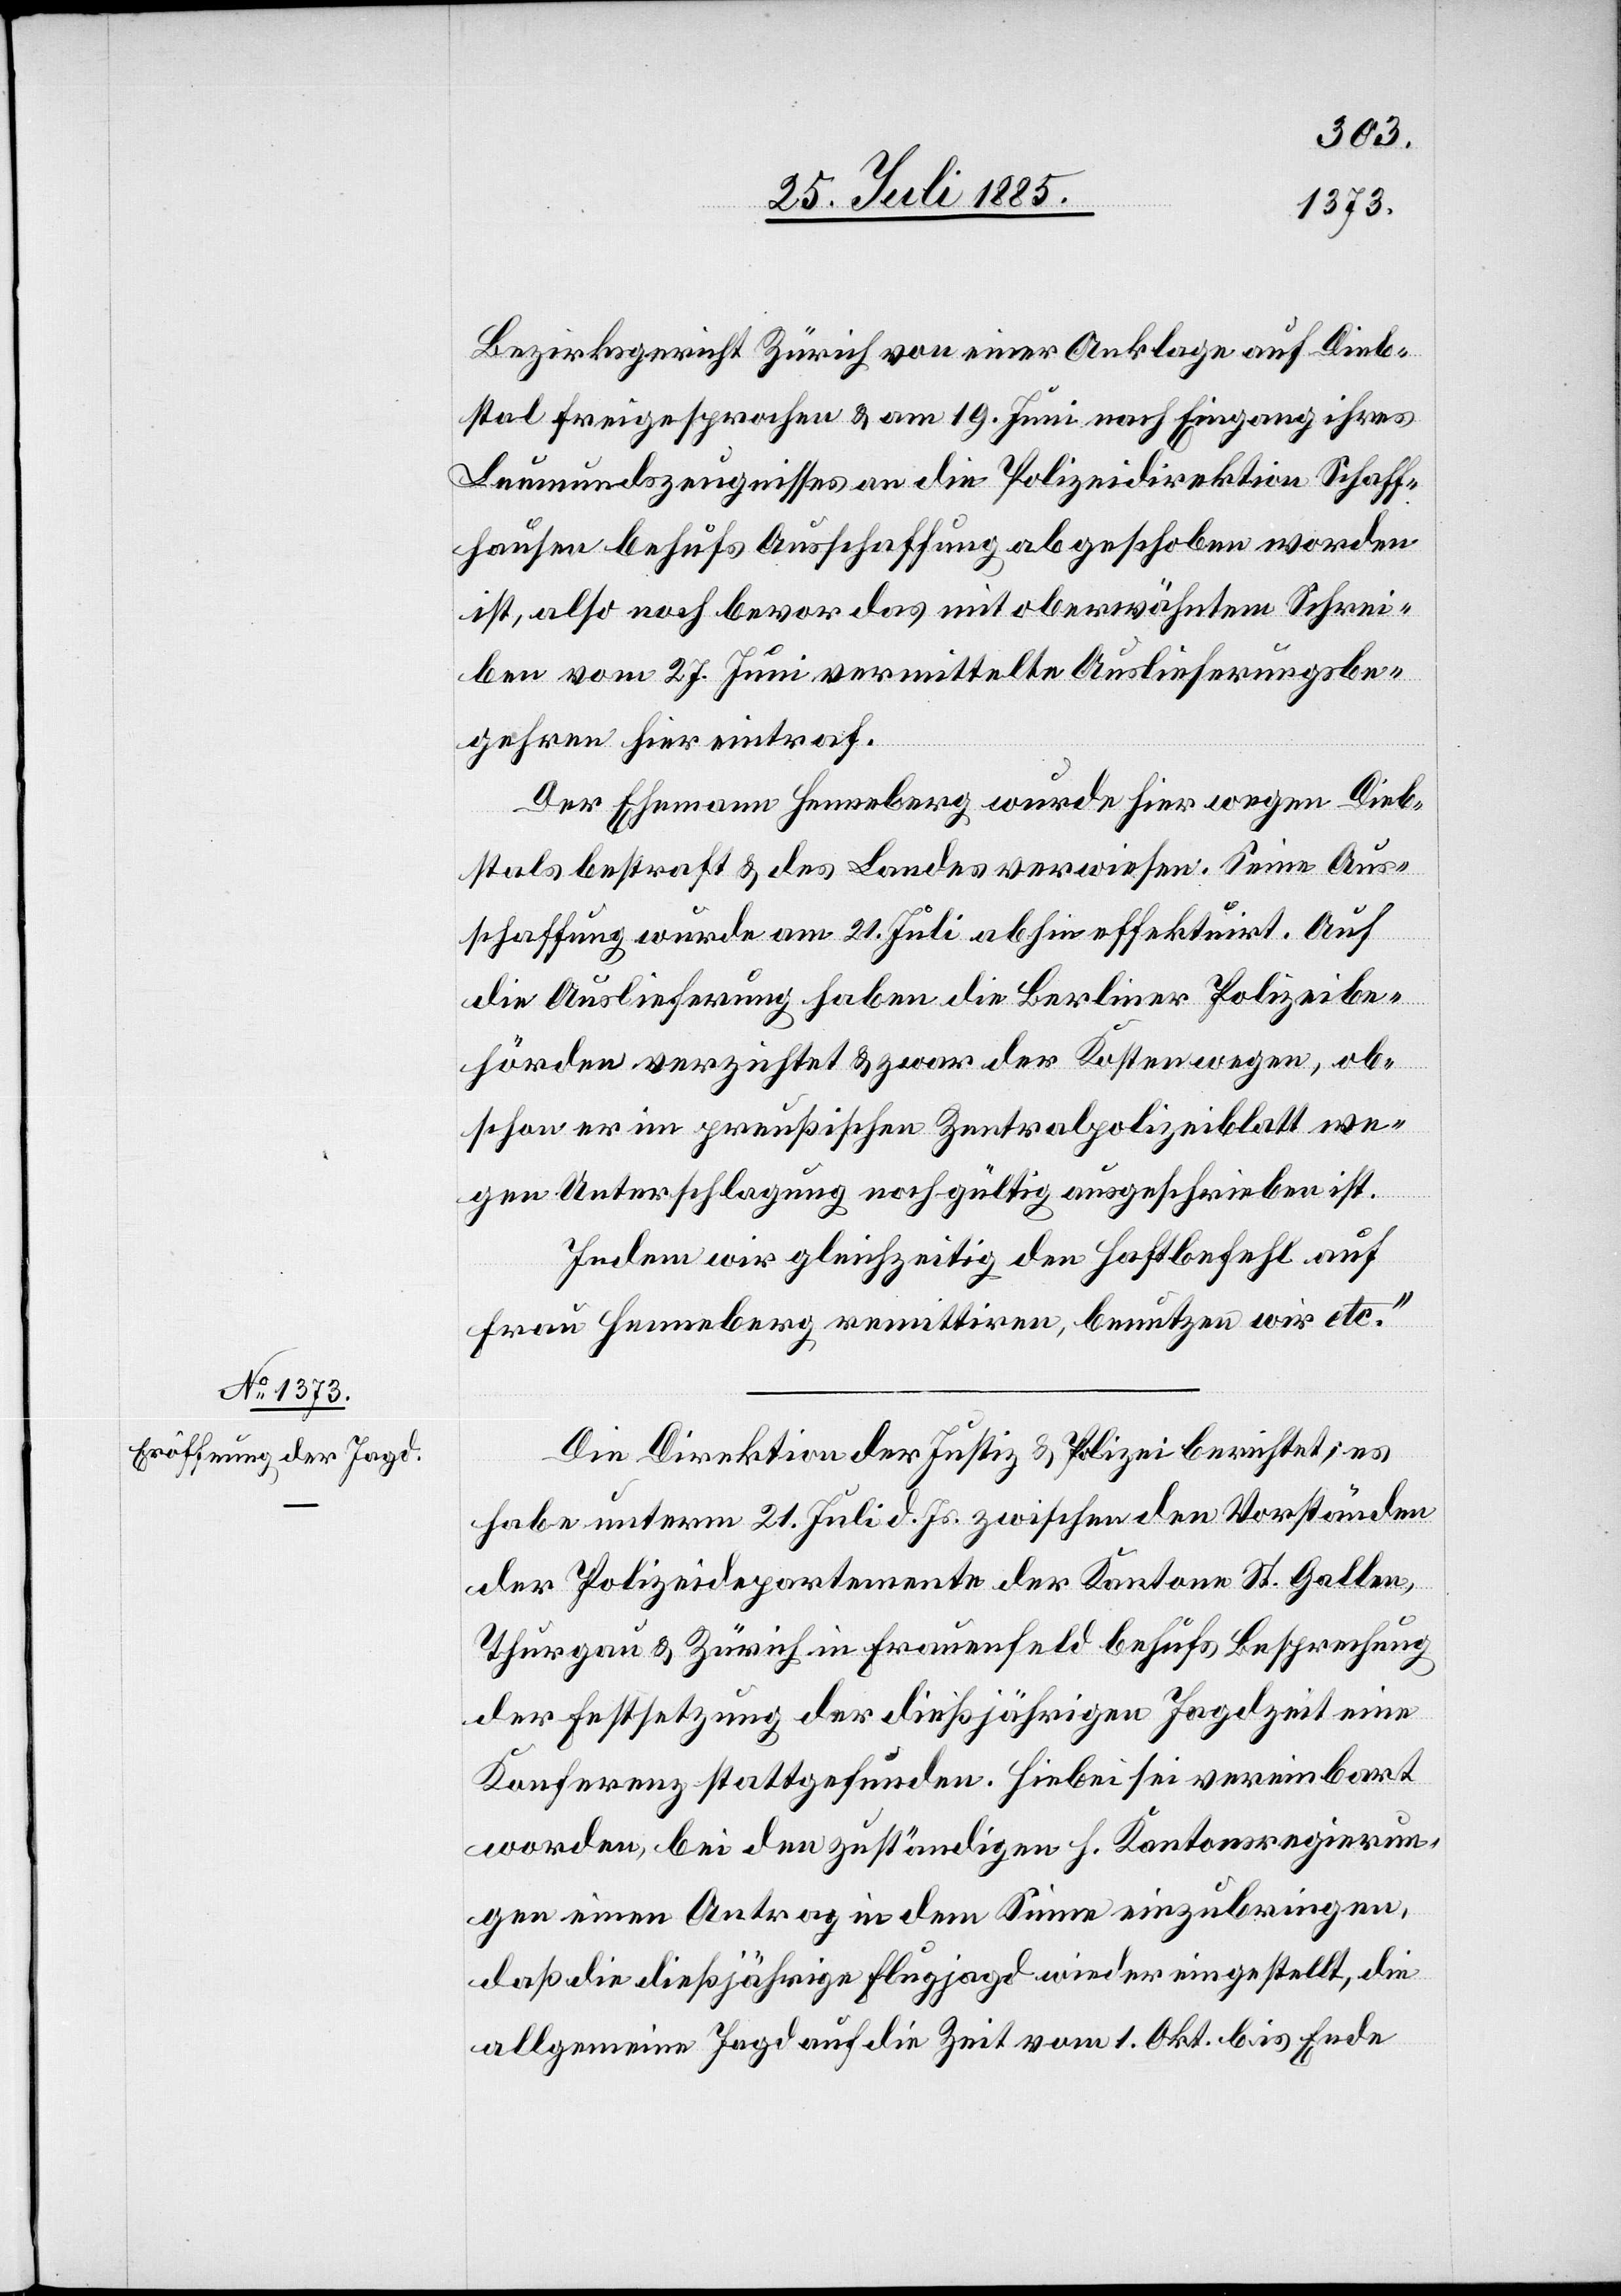
Bezirksgericht Zürich von einer Anklage auf Dieb¬
stal freigesprochen & am 19. Juni nach Eingang ihres
Leumundszeugnisses an die Polizeidirektion Schaff¬
hausen behufs Ausschaffung abgeschoben worden
ist, also noch bevor das mit oberwähntem Schrei¬
ben vom 27. Juni vermittelte Auslieferungsbe¬
gehren hier eintraf.
Der Ehemann Henneberg wurde hier wegen Dieb¬
stals bestraft & des Landes verweisen. Seine Aus¬
schaffung wurde am 21. Juli abhin effektuirt. Auf
die Auslieferung haben die Berliner Polizeibe¬
hörden verzichtet & zwar der Kosten wegen, ob¬
schon er im preußischen Zentralpolizeiblatt we¬
gen Unterschlagung noch gültig ausgeschrieben ist.
Indem wir gleichzeitig den Haftbefehl auf
Frau Henneberg remittiren, benutzen wir etc.“
Die Direktion der Justiz & Polizei berichtet; es
habe unterm 21. Juli d. Js. zwischen den Vorständen
der Polizeidepartemente der Kantone St. Gallen,
Thurgau & Zürich in Frauenfeld behufs Besprechung
der Festsetzung der dießjährigen Jagdzeit eine
Konferenz stattgefunden. Hiebei sei vereinbart
worden, bei den zuständigen h. Kantonsregierun¬
gen einen Antrag in dem Sinne einzubringen,
daß die dießjährige Flugjagd wieder eingestellt, die
allgemeine Jagd auf die Zeit vom 1. Okt. bis Ende